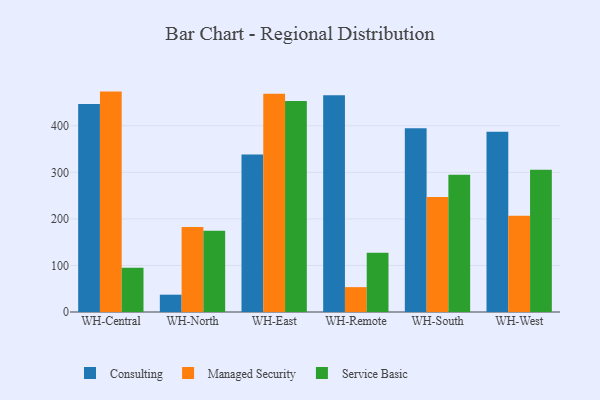
{"axis": {"x": "Warehouse", "y": "Population (Million)"}, "legend": ["Consulting", "Managed Security", "Service Basic"], "data": [{"x": "WH-Central", "y": 447.0, "type": "Consulting"}, {"x": "WH-Central", "y": 473.5, "type": "Managed Security"}, {"x": "WH-Central", "y": 95.3, "type": "Service Basic"}, {"x": "WH-North", "y": 37.2, "type": "Consulting"}, {"x": "WH-North", "y": 182.4, "type": "Managed Security"}, {"x": "WH-North", "y": 174.8, "type": "Service Basic"}, {"x": "WH-East", "y": 338.3, "type": "Consulting"}, {"x": "WH-East", "y": 468.7, "type": "Managed Security"}, {"x": "WH-East", "y": 453.1, "type": "Service Basic"}, {"x": "WH-Remote", "y": 465.6, "type": "Consulting"}, {"x": "WH-Remote", "y": 53.4, "type": "Managed Security"}, {"x": "WH-Remote", "y": 127.4, "type": "Service Basic"}, {"x": "WH-South", "y": 394.9, "type": "Consulting"}, {"x": "WH-South", "y": 246.9, "type": "Managed Security"}, {"x": "WH-South", "y": 294.9, "type": "Service Basic"}, {"x": "WH-West", "y": 387.2, "type": "Consulting"}, {"x": "WH-West", "y": 206.8, "type": "Managed Security"}, {"x": "WH-West", "y": 305.4, "type": "Service Basic"}]}